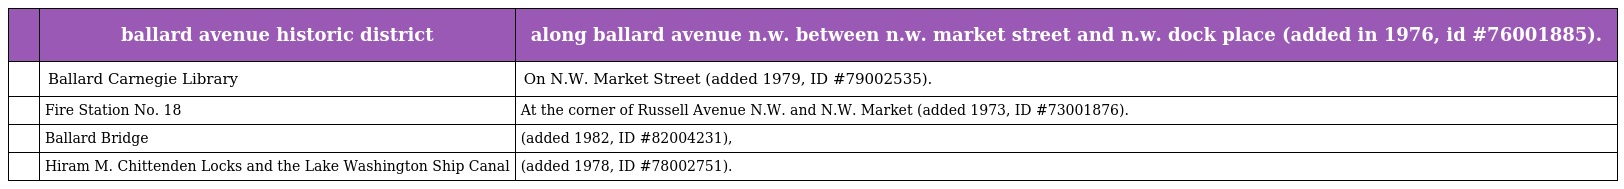
|  | ballard avenue historic district | along ballard avenue n.w. between n.w. market street and n.w. dock place (added in 1976, id #76001885). |
 | --- | --- | --- |
 |  | Ballard Carnegie Library | On N.W. Market Street (added 1979, ID #79002535). |
 |  | Fire Station No. 18 | At the corner of Russell Avenue N.W. and N.W. Market (added 1973, ID #73001876). |
 |  | Ballard Bridge | (added 1982, ID #82004231), |
 |  | Hiram M. Chittenden Locks and the Lake Washington Ship Canal | (added 1978, ID #78002751). |